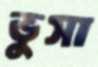
ভুসা